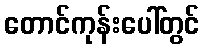
တောင်ကုန်းပေါ်တွင်